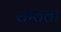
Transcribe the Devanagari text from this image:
सम्तता